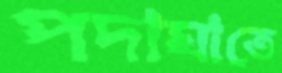
পদাঘাতে